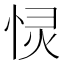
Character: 𭝋